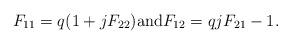
LaTeX: \begin{align*} F_{11}=q(1+jF_{22}) \mbox{and} F_{12}=qjF_{21}-1.\end{align*}